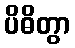
ပိဓိတွာ